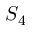
S _ { 4 }